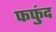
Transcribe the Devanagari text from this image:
फफुंद